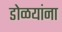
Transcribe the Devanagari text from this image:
डोळयांना